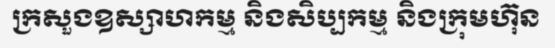
ក្រសួងឧស្សាហកម្ម និងសិប្បកម្ម និងក្រុមហ៊ុន